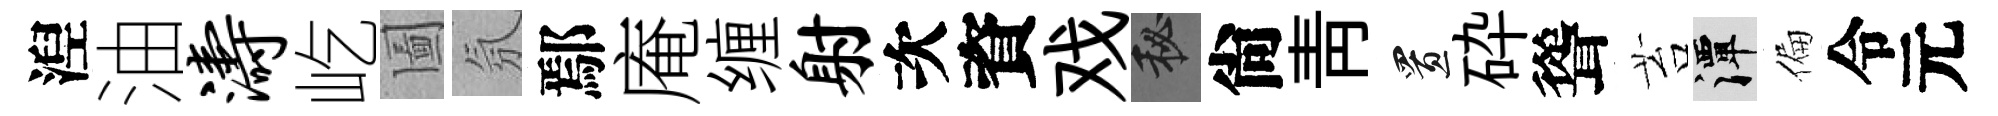
湼油涛屹圗氛鄢庵缠射次資戏秘尙靑置砕聳苔潭偏令元